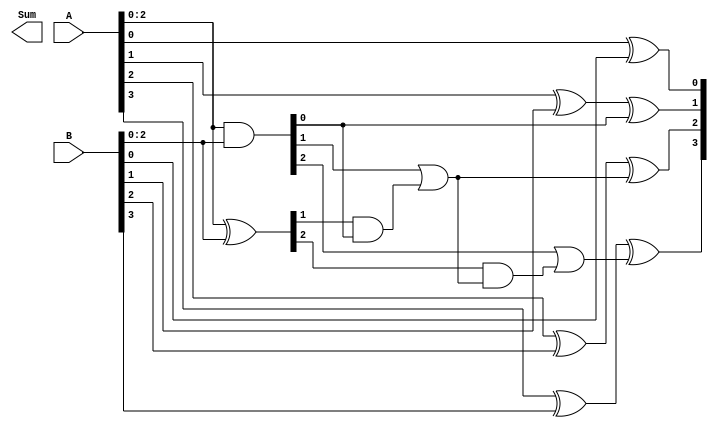
module carry_bypass_adder (
    input wire [7:0] A,
    input wire [7:0] B,
    output wire [8:0] Sum
);

wire [8:0] C0, C1, C2, C3;
wire [7:0] P, G;

// Generate P and G signals
assign P = A ^ B;
assign G = A & B;

// Carry signals
assign C0 = 1'b0;
assign C1 = G[0] | (P[0] & C0);
assign C2 = G[1] | (P[1] & C1);
assign C3 = G[2] | (P[2] & C2);

// Sum output
assign Sum[0] = A[0] ^ B[0] ^ C0;
assign Sum[1] = A[1] ^ B[1] ^ C1;
assign Sum[2] = A[2] ^ B[2] ^ C2;
assign Sum[3] = A[3] ^ B[3] ^ C3;
assign Sum[4:8] = A[4:8] + B[4:8] + C3;

endmodule